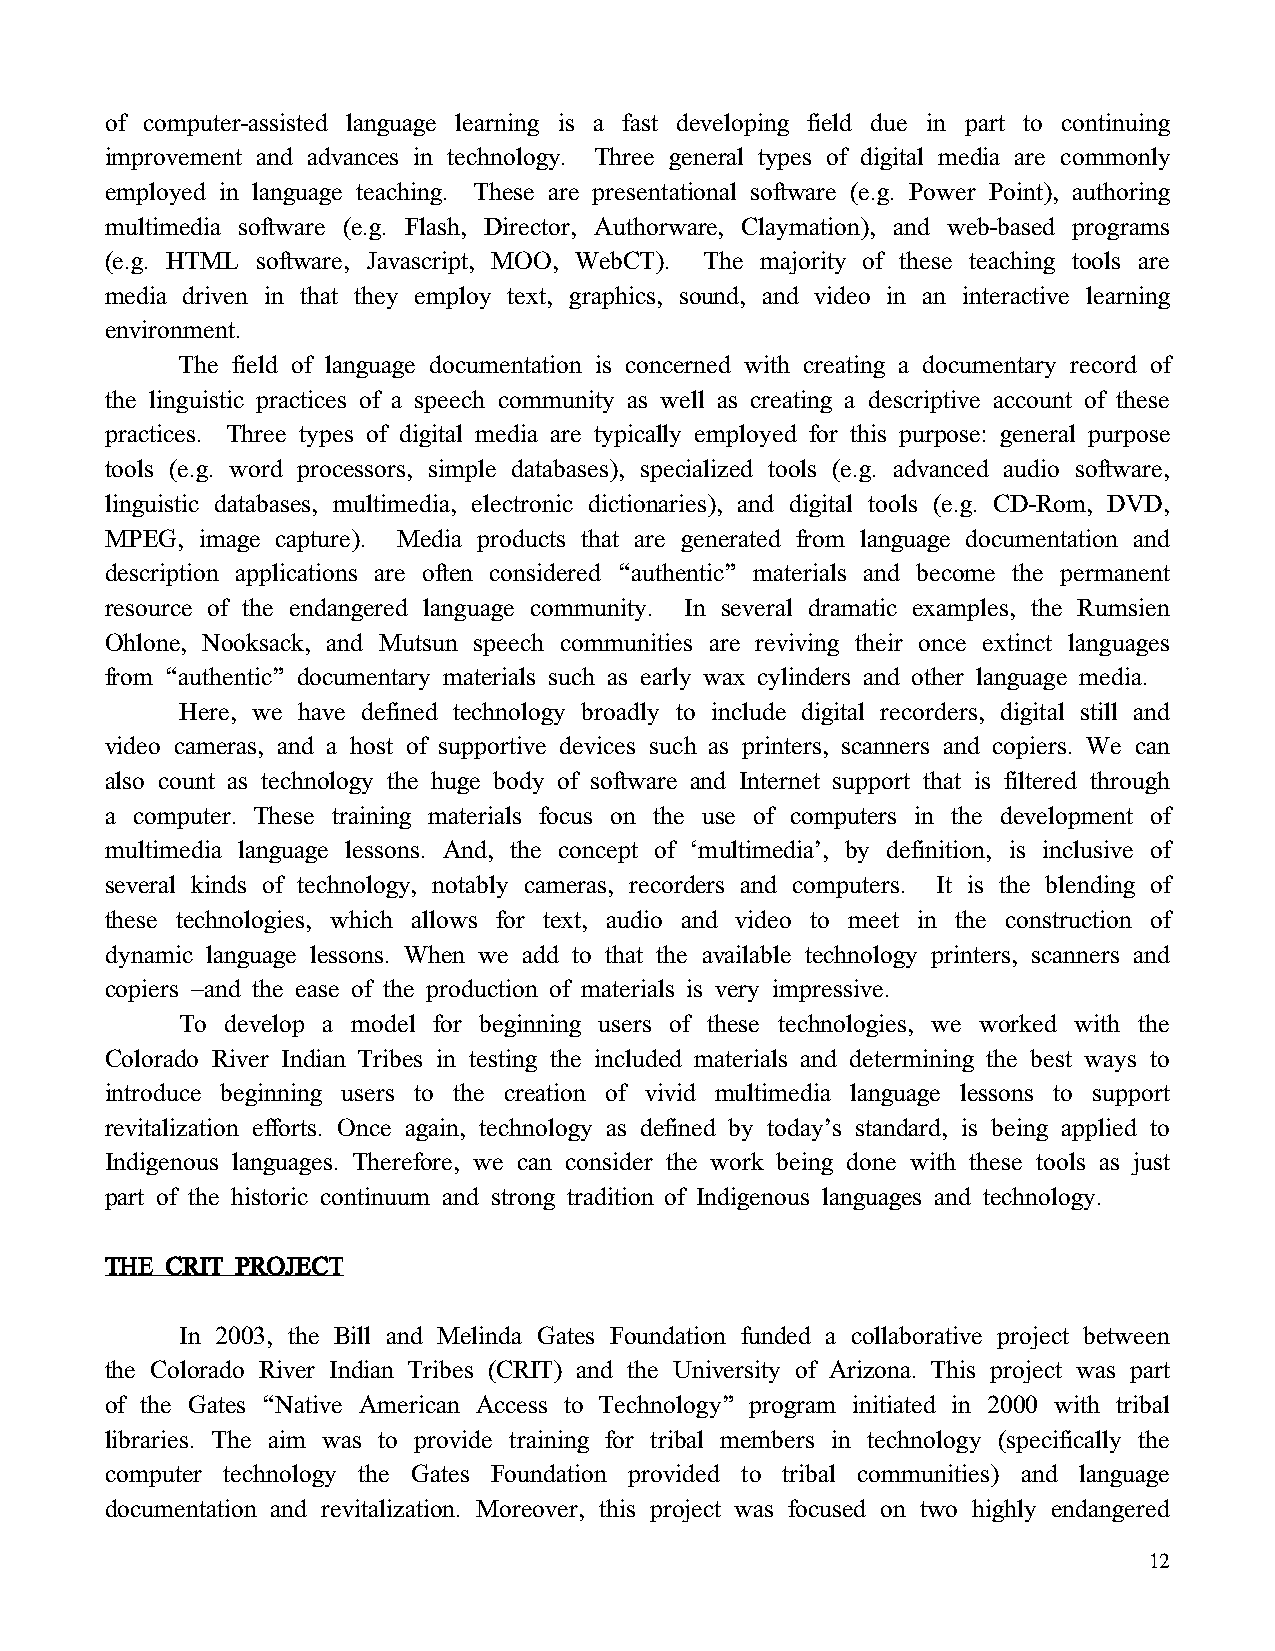
of computer-assisted language learning is a fast developing field due in part to continuing
 improvement and advances in technology. Three general types of digital media are commonly
 employed in language teaching. These are presentational software (e.g. Power Point), authoring
 multimedia software (e.g. Flash, Director, Authorware, Claymation), and web-based programs
 (e.g. HTML software, Javascript, MOO, WebCT). The majority of these teaching tools are
 media driven in that they employ text, graphics, sound, and video in an interactive learning
 environment.
 The field of language documentation is concerned with creating a documentary record of
 the linguistic practices of a speech community as well as creating a descriptive account of these
 practices. Three types of digital media are typically employed for this purpose: general purpose
 tools (e.g. word processors, simple databases), specialized tools (e.g. advanced audio software,
 linguistic databases, multimedia, electronic dictionaries), and digital tools (e.g. CD-Rom, DVD,
 MPEG, image capture). Media products that are generated from language documentation and
 description applications are often considered “authentic” materials and become the permanent
 resource of the endangered language community. In several dramatic examples, the Rumsien
 Ohlone, Nooksack, and Mutsun speech communities are reviving their once extinct languages
 from “authentic” documentary materials such as early wax cylinders and other language media.
 Here, we have defined technology broadly to include digital recorders, digital still and
 video cameras, and a host of supportive devices such as printers, scanners and copiers. We can
 also count as technology the huge body of software and Internet support that is filtered through
 a computer. These training materials focus on the use of computers in the development of
 multimedia language lessons. And, the concept of ‘multimedia’, by definition, is inclusive of
 several kinds of technology, notably cameras, recorders and computers. It is the blending of
 these technologies, which allows for text, audio and video to meet in the construction of
 dynamic language lessons. When we add to that the available technology printers, scanners and
 copiers –and the ease of the production of materials is very impressive.
 To develop a model for beginning users of these technologies, we worked with the
 Colorado River Indian Tribes in testing the included materials and determining the best ways to
 introduce beginning users to the creation of vivid multimedia language lessons to support
 revitalization efforts. Once again, technology as defined by today’s standard, is being applied to
 Indigenous languages. Therefore, we can consider the work being done with these tools as just
 part of the historic continuum and strong tradition of Indigenous languages and technology.
 TTTTHHHHEEEE CCCCRRRRIIIITTTT PPPPRRRROOOOJJJJEEEECCCCTTTT
 In 2003, the Bill and Melinda Gates Foundation funded a collaborative project between
 the Colorado River Indian Tribes (CRIT) and the University of Arizona. This project was part
 of the Gates “Native American Access to Technology” program initiated in 2000 with tribal
 libraries. The aim was to provide training for tribal members in technology (specifically the
 computer technology the Gates Foundation provided to tribal communities) and language
 documentation and revitalization. Moreover, this project was focused on two highly endangered
 12